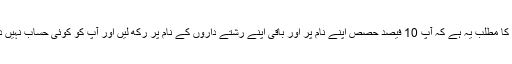
اس کا مطلب یہ ہے کہ آپ 10 فیصد حصص اپنے نام پر اور باقی اپنے رشتے داروں کے نام پر رکھ لیں اور آپ کو کوئی حساب نہیں دینا۔